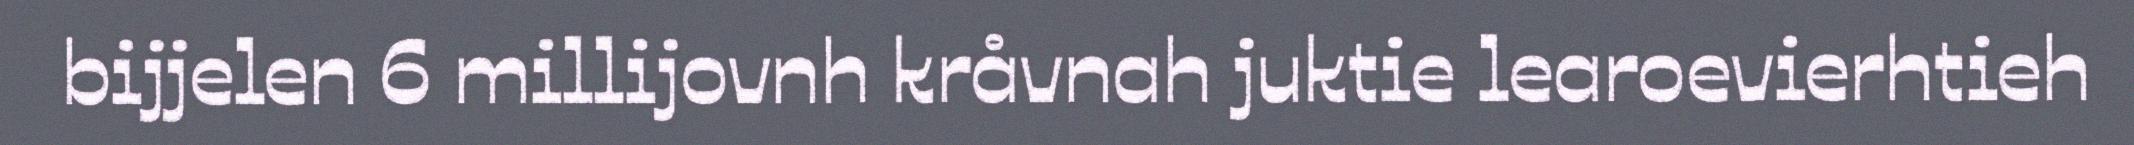
bijjelen 6 millijovnh kråvnah juktie learoevierhtieh